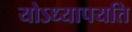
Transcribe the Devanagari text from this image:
योऽध्यापयति